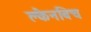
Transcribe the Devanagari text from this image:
क्लैनबिच